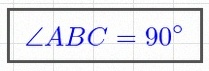
\angle ABC=90^\circ